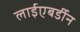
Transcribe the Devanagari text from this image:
लाईएबर्डीन